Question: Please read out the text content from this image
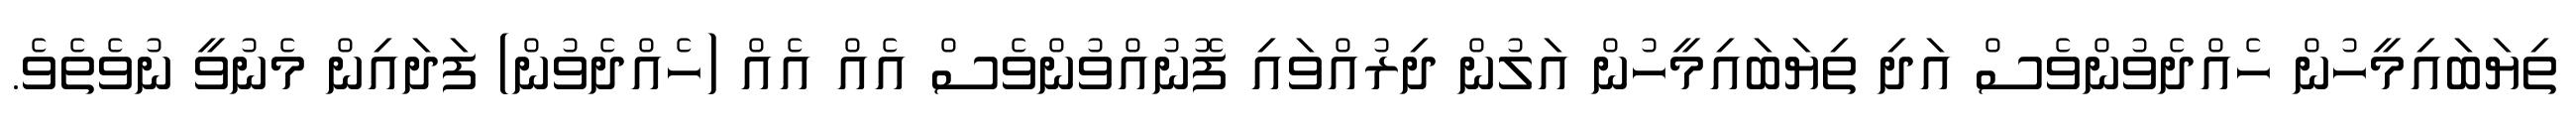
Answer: ތިޔަބައިމީހުން ހެއްދެވުންވެސް އަދި ތިޔަބައިމީހުން އަލުން ދިރުއްވައި ފޮނުއްވުންވެސް އެއް އެއް (ހެއްދެވުން) ފަދައިން މެނުވީ ނުވެތެވެ.